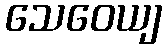
သေဝေယျ